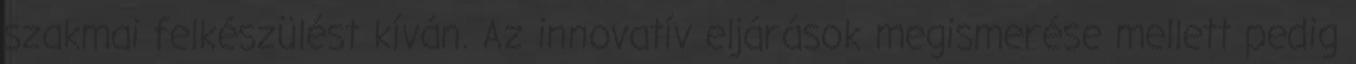
szakmai felkészülést kíván. Az innovatív eljárások megismerése mellett pedig